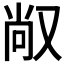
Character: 𱑸